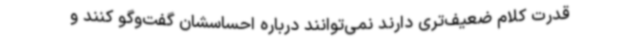
قدرت کلام ضعیف‌تری دارند نمی‌توانند درباره احساسشان گفت‌وگو کنند و